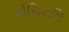
વોસિરામિ